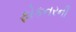
ફોકનરની